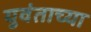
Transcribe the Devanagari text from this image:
युवंताच्या